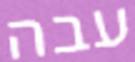
עבה